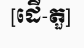
[ដើ-តួ]